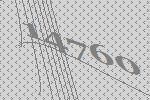
14760